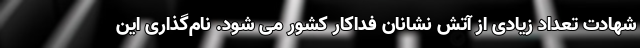
شهادت تعداد زیادی از آتش نشانان فداکار کشور می شود. نام‌گذاری این